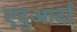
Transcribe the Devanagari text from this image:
एदुआर्दा